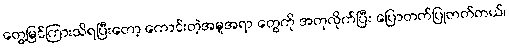
တွေ့မြင်ကြားသိရပြီးတော့ ကောင်းတဲ့အမူအရာ တွေကို အတုလိုက်ပြီး ပြောတတ်ပြုတတ်တယ်၊